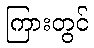
ကြားတွင်